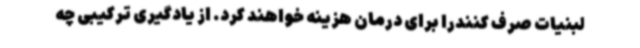
لبنیات صرف کنندرا برای درمان هزینه خواهند کرد. از یادگیری ترکیبی چه